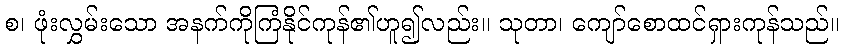
စ၊ ဖုံးလွှမ်းသော အနက်ကိုကြံနိုင်ကုန်၏ဟူ၍လည်း။ သုတာ၊ ကျော်စောထင်ရှားကုန်သည်။